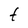
Character: t